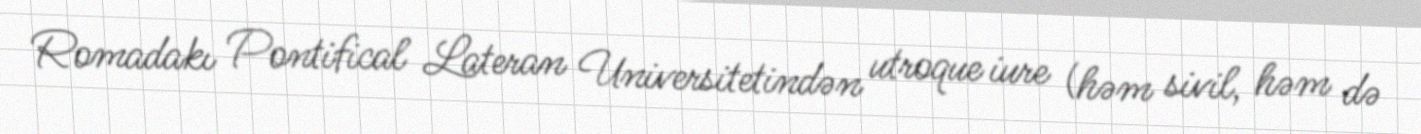
Romadakı Pontifical Lateran Universitetindən utroque iure (həm sivil, həm də